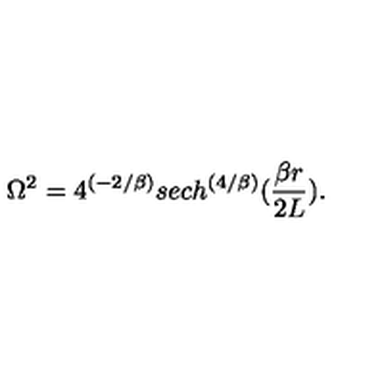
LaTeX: \Omega ^ { 2 } = 4 ^ { ( - 2 / \beta ) } s e c h ^ { \left( { 4 / \beta } \right) } ( { \frac { \beta r } { 2 L } } ) .